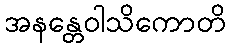
အနန္တေဝါသိကောတိ